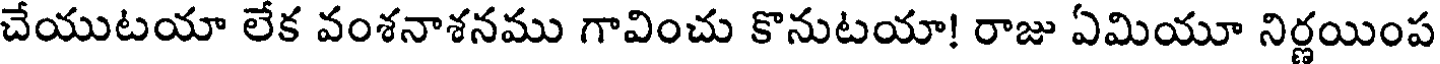
చేయుటయా లేక వంశనాశనము గావించు కొనుటయా! రాజు ఏమియూ నిర్ణయింప